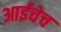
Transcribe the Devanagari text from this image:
आईचेच